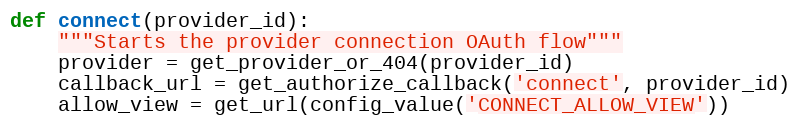
Language: Python
def connect(provider_id):
    """Starts the provider connection OAuth flow"""
    provider = get_provider_or_404(provider_id)
    callback_url = get_authorize_callback('connect', provider_id)
    allow_view = get_url(config_value('CONNECT_ALLOW_VIEW'))